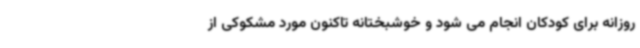
روزانه برای کودکان انجام می شود و خوشبختانه تاکنون مورد مشکوکی از